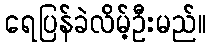
ရေပြန်ခဲလိမ့်ဦးမည်။